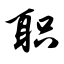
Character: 职